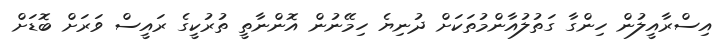
އިސްރާއީލުން ހިންގާ ގަތުލުއާންމުތަކަށް ދުނިޔެ ހިމޭނުން އޮންނާތީ ތުރުކީގެ ރައީސް ވަރަށް ބޮޑަށް